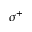
\sigma ^ { + }